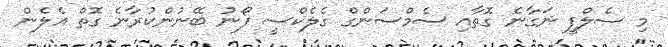
މި ސެލްފީ ނަގާނެ ގޮތާއި ސެމްސަންގް ގެލެކްސީ ފޯނު ބޭނުންކުރާނެ ގޮތް އެލެން